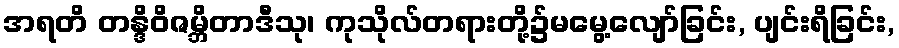
အရတိ တန္ဒိဝိဇမ္ဘိတာဒီသု၊ ကုသိုလ်တရားတို့၌မမွေ့လျော်ခြင်း, ပျင်းရိခြင်း,